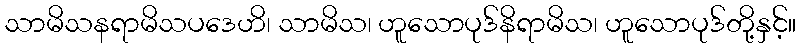
သာမိသနရာမိသပဒေဟိ၊ သာမိသ၊ ဟူသောပုဒ်နိရာမိသ၊ ဟူသောပုဒ်တို့နှင့်။